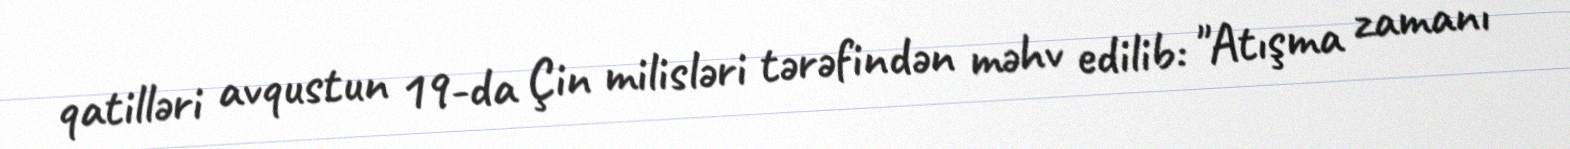
qatilləri avqustun 19-da Çin milisləri tərəfindən məhv edilib: "Atışma zamanı